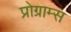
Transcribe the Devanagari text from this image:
प्रोग्राम्‍स